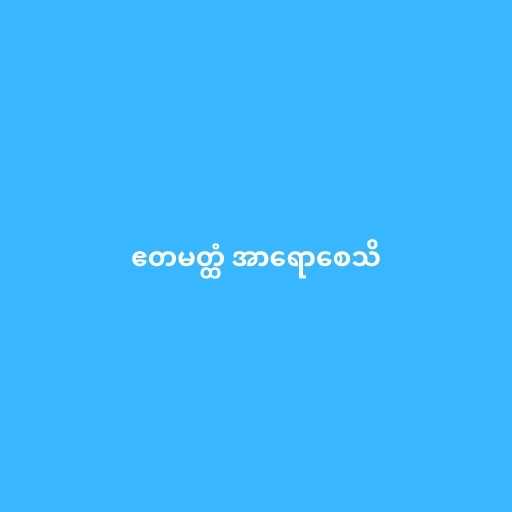
ဧတမတ္ထံ အာရောစေသိ